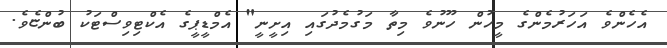
އެހެންވެ އަހަރުމެންގެ މީހުން ހޫނުވެ މިތާ މަގުމެދުގައި އިށީނީ" އެމްޑީޕީގެ އެކްޓިވިސްޓަކު ބުންޏެވެ.